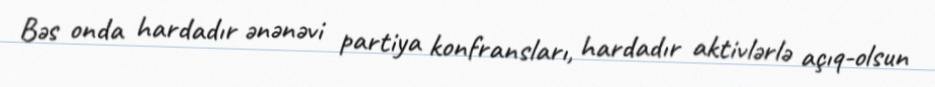
Bəs onda hardadır ənənəvi partiya konfransları, hardadır aktivlərlə açıq-olsun